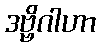
ဒဗ္ဗိဂါဟာ